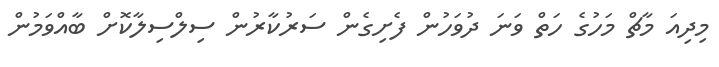
މިދިއަ މާޗް މަހުގެ ހަތް ވަނަ ދުވަހުން ފެށިގެން ސަރުކާރުން ސިލްސިލާކޮށް ބާއްވަމުން